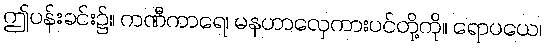
ဤပန်းခင်း၌။ ကဏီကာရေ၊ မနဟာလှေကားပင်တို့ကို။ ရောပယေ၊